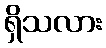
ရှိသလား